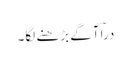
دراؔ آگے بڑھنے لگا۔